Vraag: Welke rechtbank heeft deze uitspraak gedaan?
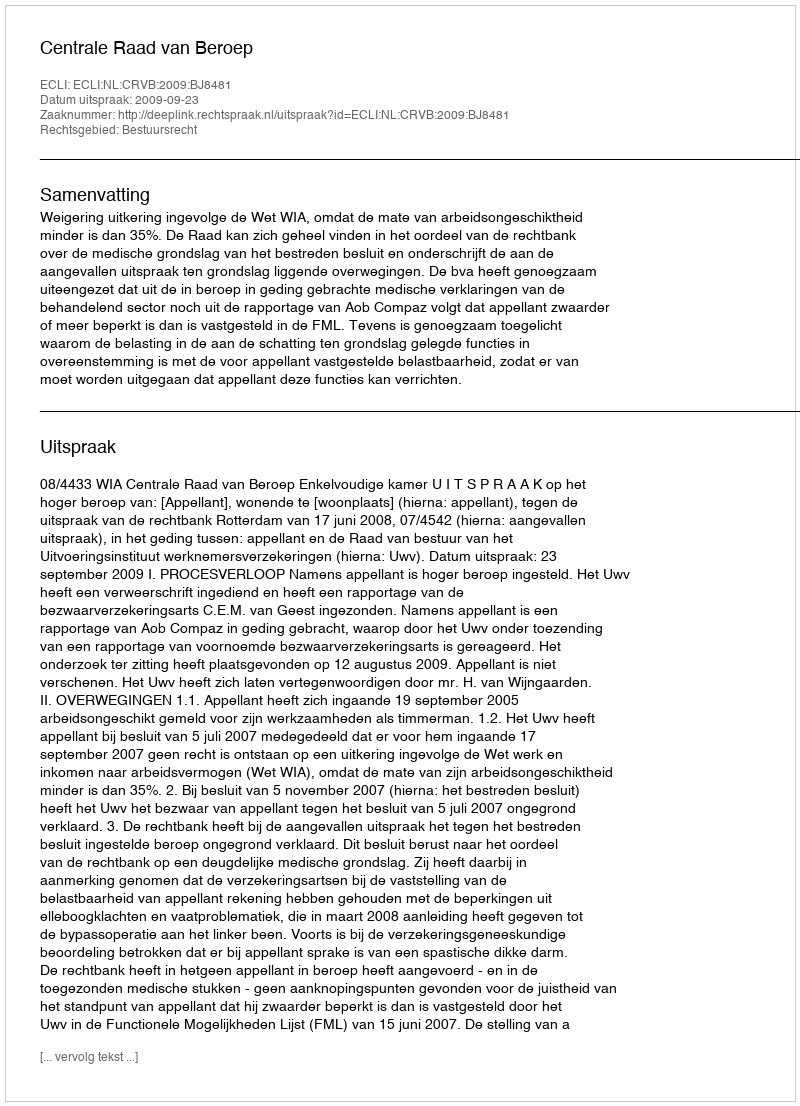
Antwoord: Centrale Raad van Beroep